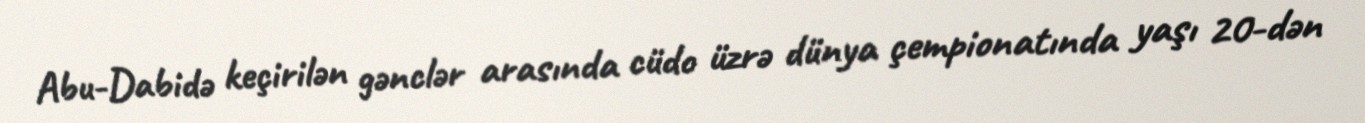
Abu-Dabidə keçirilən gənclər arasında cüdo üzrə dünya çempionatında yaşı 20-dən